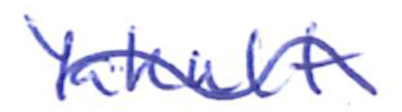
Text: Yakult
Cross-out: mix
Writing tool: ballpoint